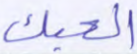
الحبك